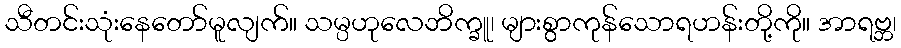
သီတင်းသုံးနေတော်မူလျက်။ သမ္ပဟုလေဘိက္ခူ၊ များစွာကုန်သောရဟန်းတို့ကို။ အာရဗ္ဘ၊